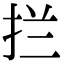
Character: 拦